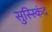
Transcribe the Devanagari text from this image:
सुस्स्किंद